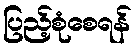
ပြည့်စုံစေရန်